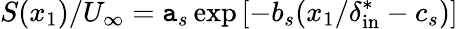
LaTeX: S(x_{1})/U_{\infty}=\mathtt{a}_{s}\exp{[-b_{s}(x_{1}/\delta_{\mathrm{{in}}}^{*}-c_{s})]}